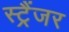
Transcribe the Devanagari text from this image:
स्ट्रैंजर